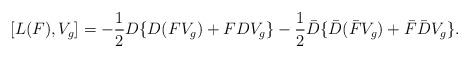
\begin{align*} [L(F), V_g] = -\frac{1}{2}D\{D(FV_g)+FDV_g\} -\frac{1}{2}\bar{D}\{\bar{D}(\bar{F}V_g)+\bar{F}\bar{D}V_g\}.\end{align*}